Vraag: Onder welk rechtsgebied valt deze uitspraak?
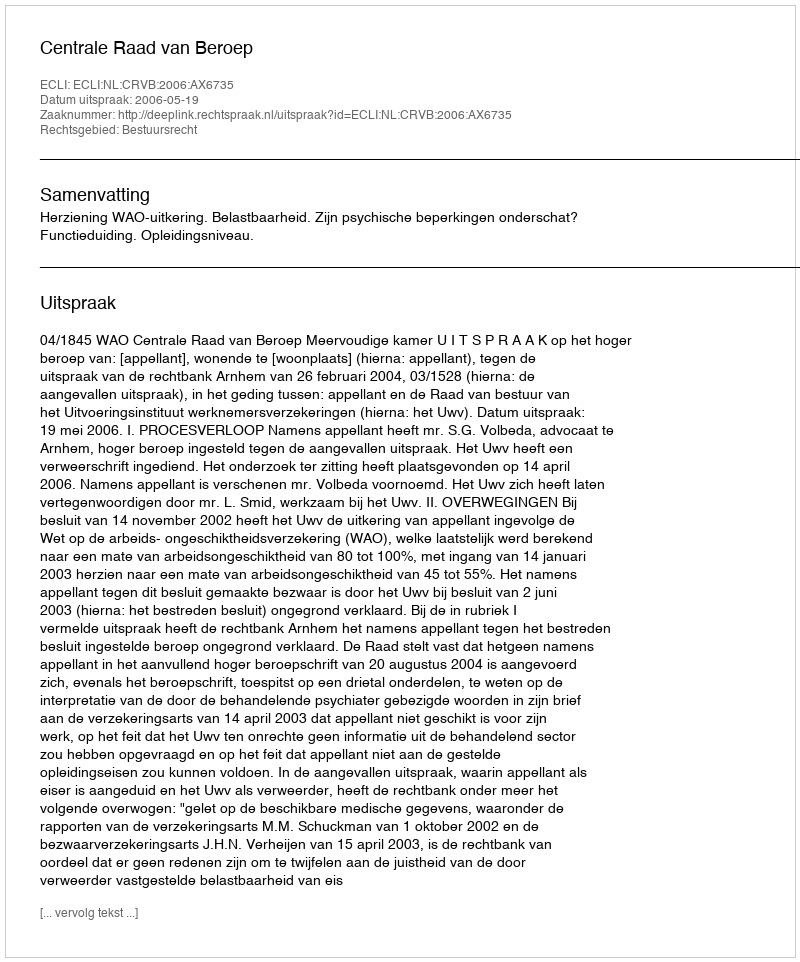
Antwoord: Bestuursrecht